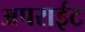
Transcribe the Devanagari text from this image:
अपराईट